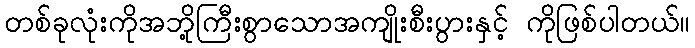
တစ်ခုလုံးကိုအဘို့ကြီးစွာသောအကျိုးစီးပွားနှင့် ကိုဖြစ်ပါတယ်။